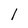
Character: l